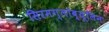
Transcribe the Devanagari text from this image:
सिरमग्लोब्यूलिन